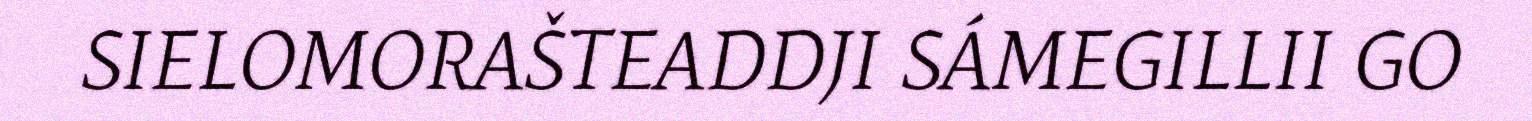
SIELOMORAŠTEADDJI SÁMEGILLII GO